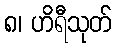
၈၊ ဟိရီသုတ်